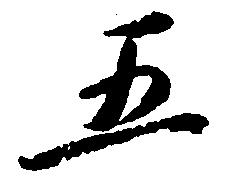
五